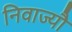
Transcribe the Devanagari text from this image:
निवाज्यौ